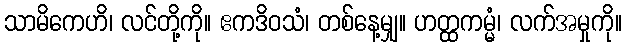
သာမိကေဟိ၊ လင်တို့ကို။ ဧကဒိဝသံ၊ တစ်နေ့မျှ။ ဟတ္ထကမ္မံ၊ လက်အမှုကို။